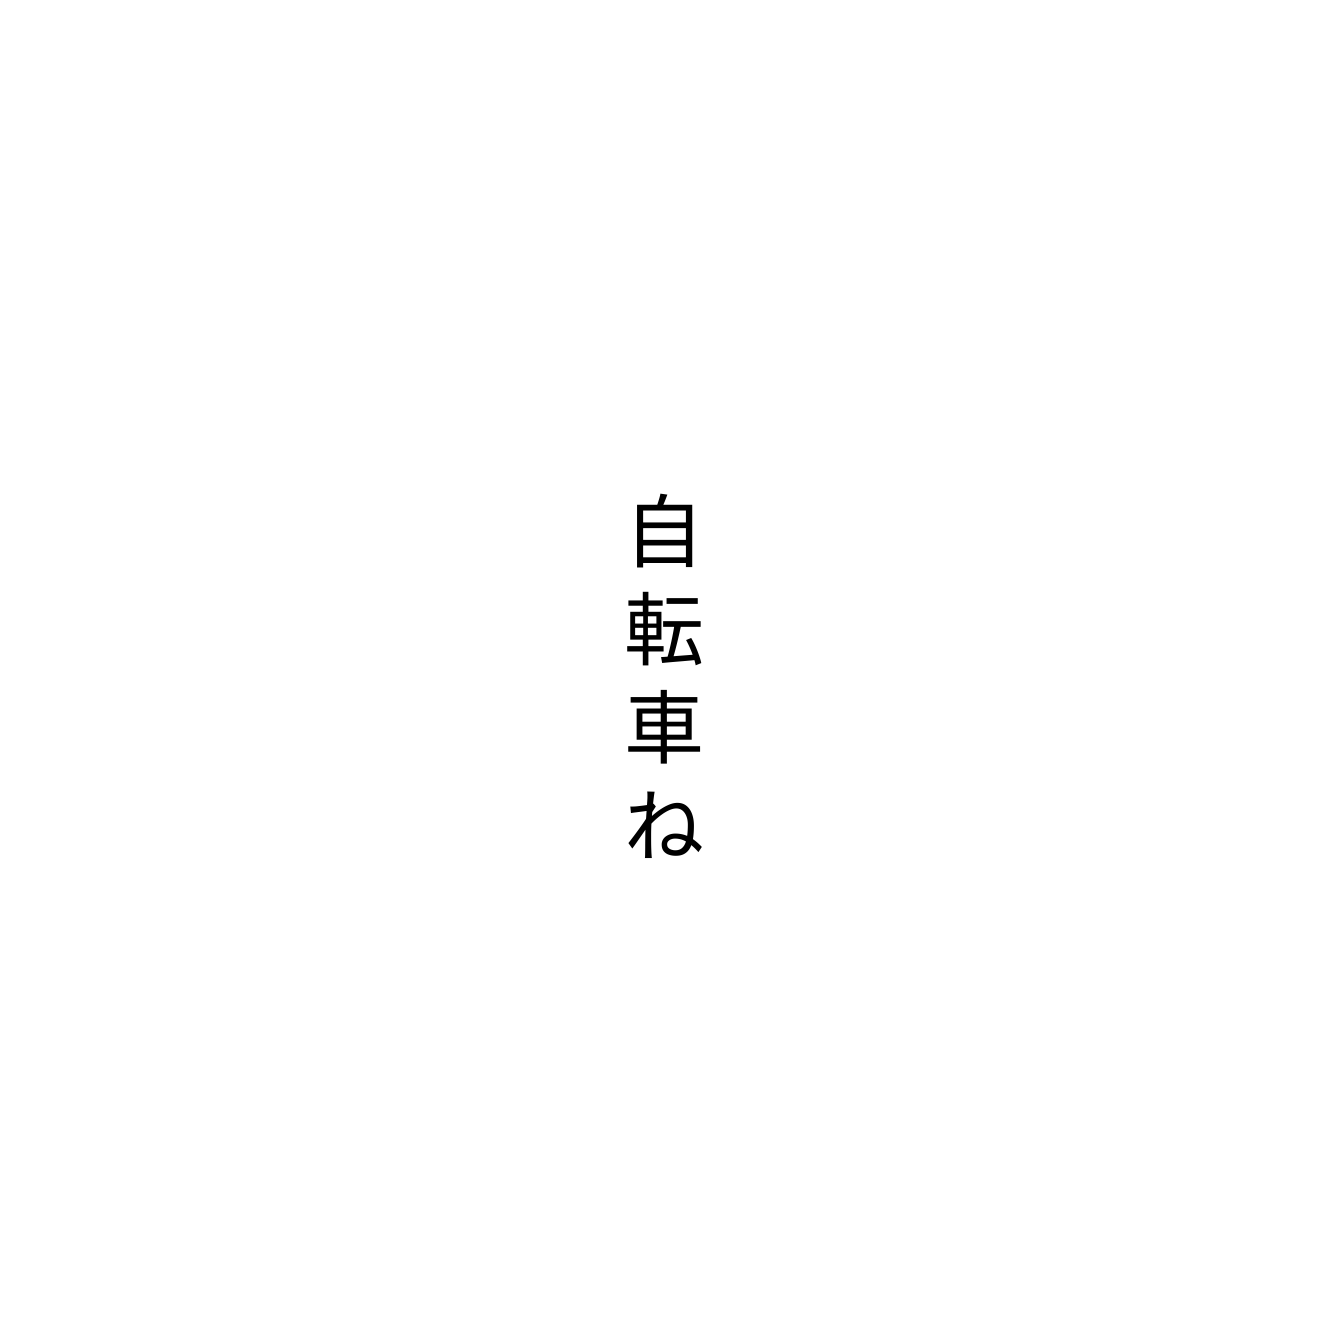
自転車ね